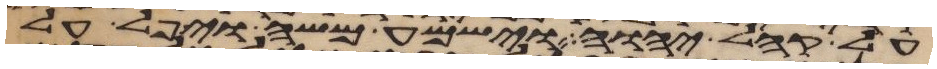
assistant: על קהל יהוה וישמע משה ויפל על